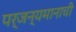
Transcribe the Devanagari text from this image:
पर्जन्यमानाची